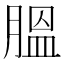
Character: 膃